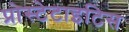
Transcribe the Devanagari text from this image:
प्रोस्टेटाइटिस